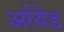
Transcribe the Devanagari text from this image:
अर्रयेड